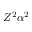
Z ^ { 2 } \alpha ^ { 2 }